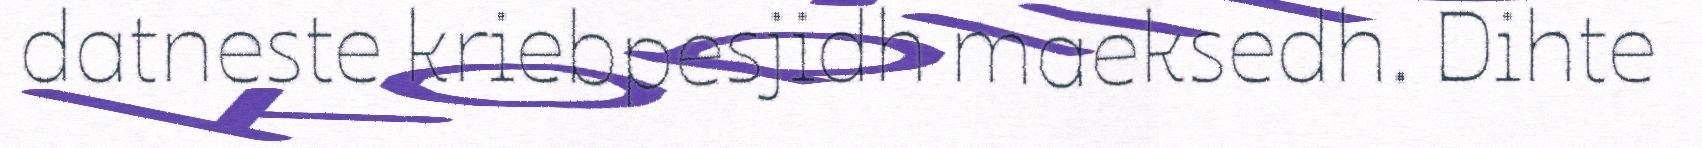
datneste kriebpesjidh maeksedh. Dihte